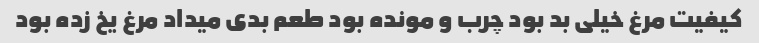
کیفیت مرغ خیلی بد بود چرب و مونده بود طعم بدی میداد مرغ یخ زده بود